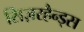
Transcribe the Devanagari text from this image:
सिज़रहैन्ड्स